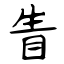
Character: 眚